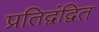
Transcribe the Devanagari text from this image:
प्रतिद्वंद्वित